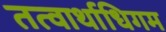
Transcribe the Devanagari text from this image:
तत्वार्थाधिगम